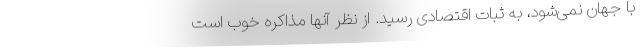
با جهان نمی‌شود، به ثبات اقتصادی رسید. از نظر آنها مذاکره خوب است